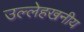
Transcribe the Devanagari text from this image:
उल्लेहखनीय